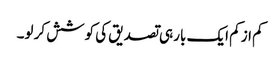
کم از کم ایک بار ہی تصدیق کی کوشش کر لو۔